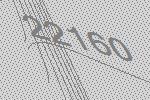
22160